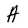
Character: A